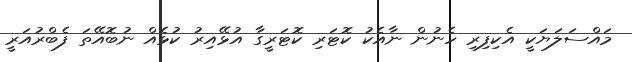
މައްސަލަޔަކީ އެކިފިރި ހެނުން ނާއެކު ކޮޓަރި ކޮޓަރީގާ އުޅޭއިރު ކުޅެއް ނުބޮއޭތަ ފެބްރުއަރީ